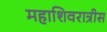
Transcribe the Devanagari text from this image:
महाशिवरात्रीस